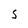
Character: S